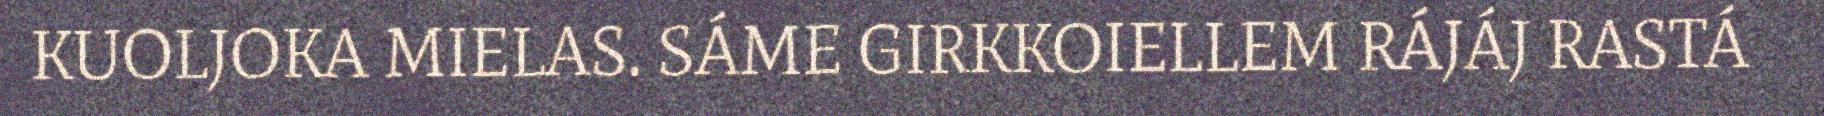
KUOLJOKA MIELAS. SÁME GIRKKOIELLEM RÁJÁJ RASTÁ